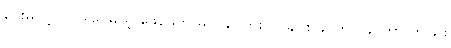
ပေးမလို့ပါပဲ၊ ဒါပေမယ့် ဖေဖေက မလိုချင်ဘူး၊ လူချင်း ခင်တာ ခင်တာ တခြား